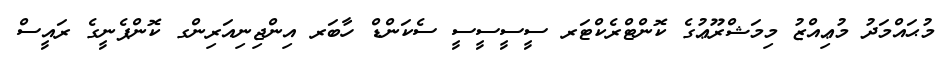
މުޙައްމަދު މުޢިއްޒު މިމަޝްރޫޢުގެ ކޮންޓްރެކްޓަރ ސީސީސީސީ ސެކަންޑް ހާބަރ އިންޖިނިއަރިންގ ކޮންޕެނީގެ ރައީސް